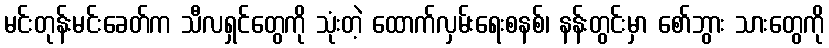
မင်းတုန်းမင်းခေတ်က သီလရှင်တွေကို သုံးတဲ့ ထောက်လှမ်းရေးစနစ်၊ နန်းတွင်းမှာ စော်ဘွား သားတွေကို